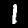
Label: 1